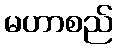
မဟာစည်